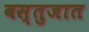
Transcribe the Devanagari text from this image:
वस्तुजात